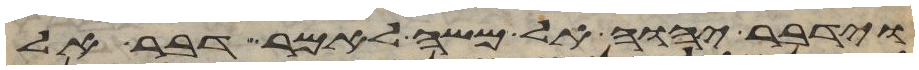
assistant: וידבר יהוה אל משה לאמר דבר אל